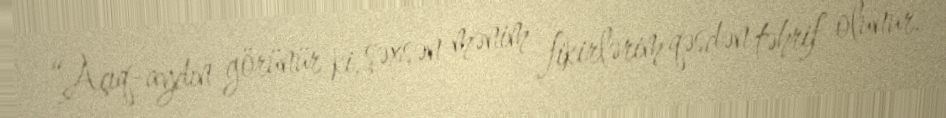
“Açıq-aydın görünür ki, şəxsən mənim fikirlərim qəsdən təhrif olunur.